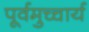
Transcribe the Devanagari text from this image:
पूर्वमुच्चार्य